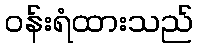
ဝန်းရံထားသည်